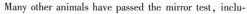
Many other animals have passed the mirror test , inclu-